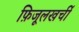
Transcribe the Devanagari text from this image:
फ़िजूलखर्ची